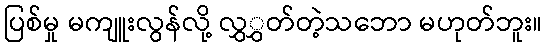
ပြစ်မှု မကျူးလွန်လို့ လွှွှတ်တဲ့သဘော မဟုတ်ဘူး။